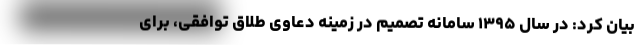
بیان کرد: در سال ۱۳۹۵ سامانه تصمیم در زمینه دعاوی طلاق توافقی، برای